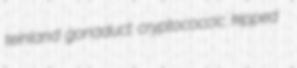
teinland gonaduct cryptococcic kipped